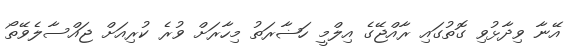
އޭނާ ވިދާޅުވި ގޮތުގައި ރާއްޖޭގެ އިލްމީ ހަޟާރަތު މިހާރަށް ވުރެ ކުރިއަށް ޖައްސާލެވޭތޯ